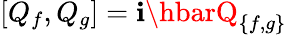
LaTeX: [Q_{f},Q_{g}]=\mathbf{i}\hbarQ_{\{ f,g\} }~